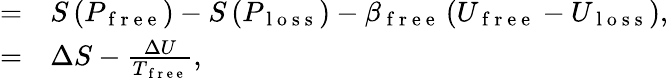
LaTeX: \begin{array}{rl}{=}&{{}S\left(P_{\mathrm{~f~r~e~e~}}\right)-S\left(P_{\mathrm{~l~o~s~s~}}\right)-\beta_{\mathrm{~f~r~e~e~}}\left(U_{\mathrm{~f~r~e~e~}}-U_{\mathrm{~l~o~s~s~}}\right),}\\ {=}&{{}\Delta S-\frac{\Delta U}{T_{\mathrm{~f~r~e~e~}}},}\end{array}